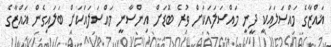
ޣައްޒާގެ މައްސަލައަކީ ދީނީ މައްސަލައަކަށް ވުރެ ބޮޑަށް އިންސާނީ މައްސަލައަކަށް ބަލައިގެން ޣައްޒާގެ